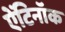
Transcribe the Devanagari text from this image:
ऐंटिनॉक